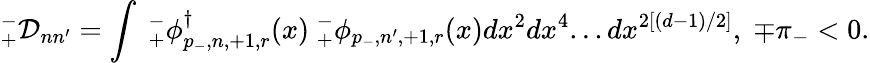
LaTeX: _{+}^{-}{\cal D}_{nn^{\prime}}=\int{}\ {}_{+}^{-}\phi_{p_{-},n,+1,r}^{\dagger}(x)\ {}_{+}^{-}\phi_{p_{-},n^{\prime},+1,r}(x){}dx^{2}dx^{4}...dx^{2\left[(d-1)/2\right]},\; \mp\pi_{-}<0.